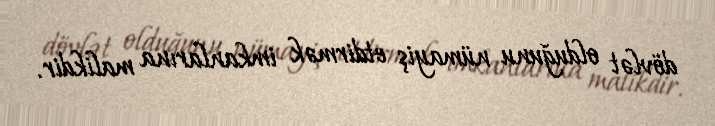
dövlət olduğunu nümayiş etdirmək imkanlarına malikdir.